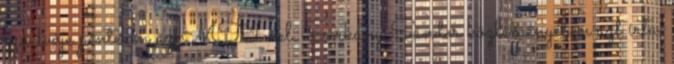
szóvivője pénteken az MTI-vel. Sárkány Sándor közleményében azt írta,